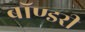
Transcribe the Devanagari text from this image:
बॉण्डरी